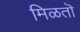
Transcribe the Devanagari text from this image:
मिळतॊ